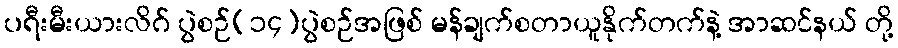
ပရီးမီးယားလိဂ် ပွဲစဉ်(၁၄)ပွဲစဉ်အဖြစ် မန်ချက်စတာယူနိုက်တက်နဲ့ အာဆင်နယ် တို့